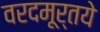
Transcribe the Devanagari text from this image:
वरदमूर्तये